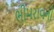
ભીમરાવની